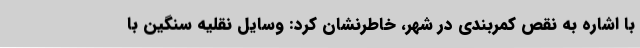
با اشاره به نقص کمربندی در شهر، خاطرنشان کرد: وسایل نقلیه سنگین با